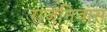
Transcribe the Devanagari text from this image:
राजनिवास